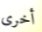
أخرى